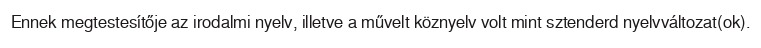
Ennek megtestesítője az irodalmi nyelv, illetve a művelt köznyelv volt mint sztenderd nyelvváltozat(ok).